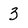
Character: 3